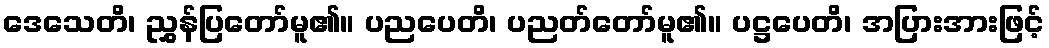
ဒေသေတိ၊ ညွှန်ပြတော်မူ၏။ ပညပေတိ၊ ပညတ်တော်မူ၏။ ပဋ္ဌပေတိ၊ အပြားအားဖြင့်